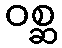
ဝစ္ဆ